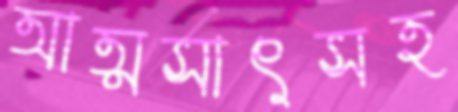
আত্মসাৎসহ